Indian journal of veterinary science and animal husbandry - Volume 9,
Year: 1939
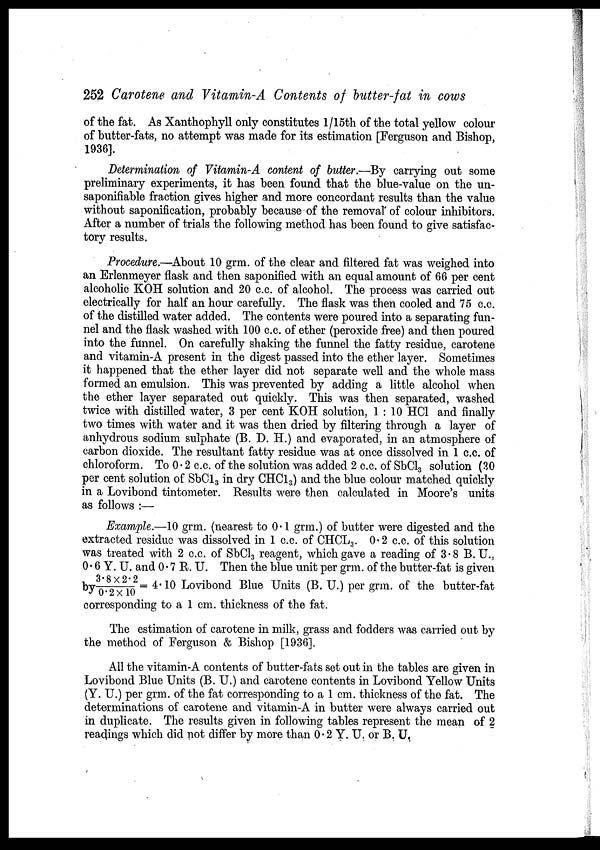
252 Carotene and Vitamin-A Contents of butter-fat in cows
of the fat. As Xanthophyll only constitutes 1/15th of the total yellow colour
of butter-fats, no attempt was made for its estimation [Ferguson and Bishop,
1936].
Determination of Vitamin-A content of butter.—By carrying out some
preliminary experiments, it has been found that the blue-value on the un¬
saponifiable fraction gives higher and more concordant results than the value
without saponification, probably because of the removal of colour inhibitors.
After a number of trials the following method has been found to give satisfac-
tory results.
Procedure.—About 10 grm. of the clear and filtered fat was weighed into
an Erlenmeyer flask and then saponified with an equal amount of 66 per cent
alcoholic KOH solution and 20 c.c. of alcohol. The process was carried out
electrically for half an hour carefully. The flask was then cooled and 75 c.c.
of the distilled water added. The contents were poured into a separating fun-
nel and the flask washed with 100 c.c. of ether (peroxide free) and then poured
into the funnel. On carefully shaking the funnel the fatty residue, carotene
and vitamin-A present in the digest passed into the ether layer. Sometimes
it happened that the ether layer did not separate well and the whole mass
formed an emulsion. This was prevented by adding a little alcohol when
the ether layer separated out quickly. This was then separated, washed
twice with distilled water, 3 per cent KOH solution, 1 : 10 HC1 and finally
two times with water and it was then dried by filtering through a layer of
anhydrous sodium sulphate (B. D. H.) and evaporated, in an atmosphere of
carbon dioxide. The resultant fatty residue was at once dissolved in 1 c.c. of
chloroform. To 0. 2 c.c. of the solution was added 2 c.c. of SbCl 3 solution (30
per cent solution of SbCl 3 in dry CHCl 3 ) and the blue colour matched quickly
in a Lovibond tintometer. Results were then calculated in Moore's units
as follows :—
Example.—10 grm. (nearest to 0.1 grm.) of butter were digested and the
extracted residue was dissolved in 1 c.c. of CHCL 3 . 0.2 c.c. of this solution
was treated with 2 c.c. of SbCl 3 reagent, which gave a reading of 3.8 B. U.,
0.6 Y. U. and 0.7 R. U. Then the blue unit per grm. of the butter-fat is given
by 3. 8 × 2. 2 / 0. 2 × 10 = 4.10 Lovibond Blue Units (B. U.) per grm. of the butter-fat
corresponding to a 1 cm. thickness of the fat.
The estimation of carotene in milk, grass and fodders was carried out by
the method of Ferguson & Bishop [1936].
All the vitamin-A contents of butter-fats set out in the tables are given in
Lovibond Blue Units (B. U.) and carotene contents in Lovibond Yellow Units
(Y. U.) per grm. of the fat corresponding to a 1 cm. thickness of the fat. The
determinations of carotene and vitamin-A in butter were always carried out
in duplicate. The results given in following tables represent the mean of 2
readings which did not differ by more than 0.2 Y. U. or B. U.